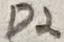
Text: D2